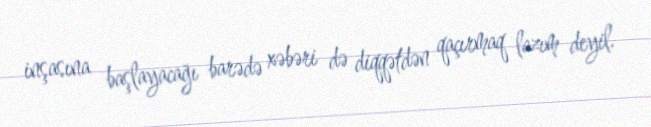
inşasına başlayacağı barədə xəbəri də diqqətdən qaçırmaq lazım deyil.